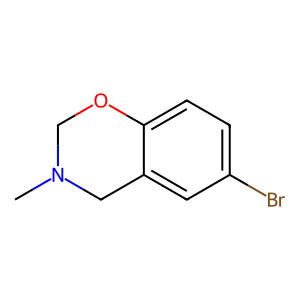
SMILES: CN1COc2ccc(Br)cc2C1
Inhibits HIV replication: No